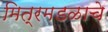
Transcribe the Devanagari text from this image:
मित्रमडळाचे